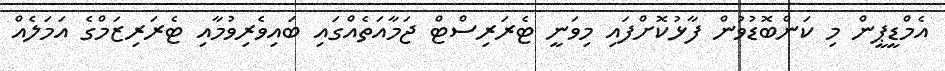
އެމްޑީޕީން މި ކަންބޮޑުވުން ފާޅުކޮށްފައި މިވަނީ ޓެރަރިސްޓް ޖަމާއަތެއްގައި ބައިވެރިވުމާއި ޓެރަރިޒަމްގެ އަމަލެއް